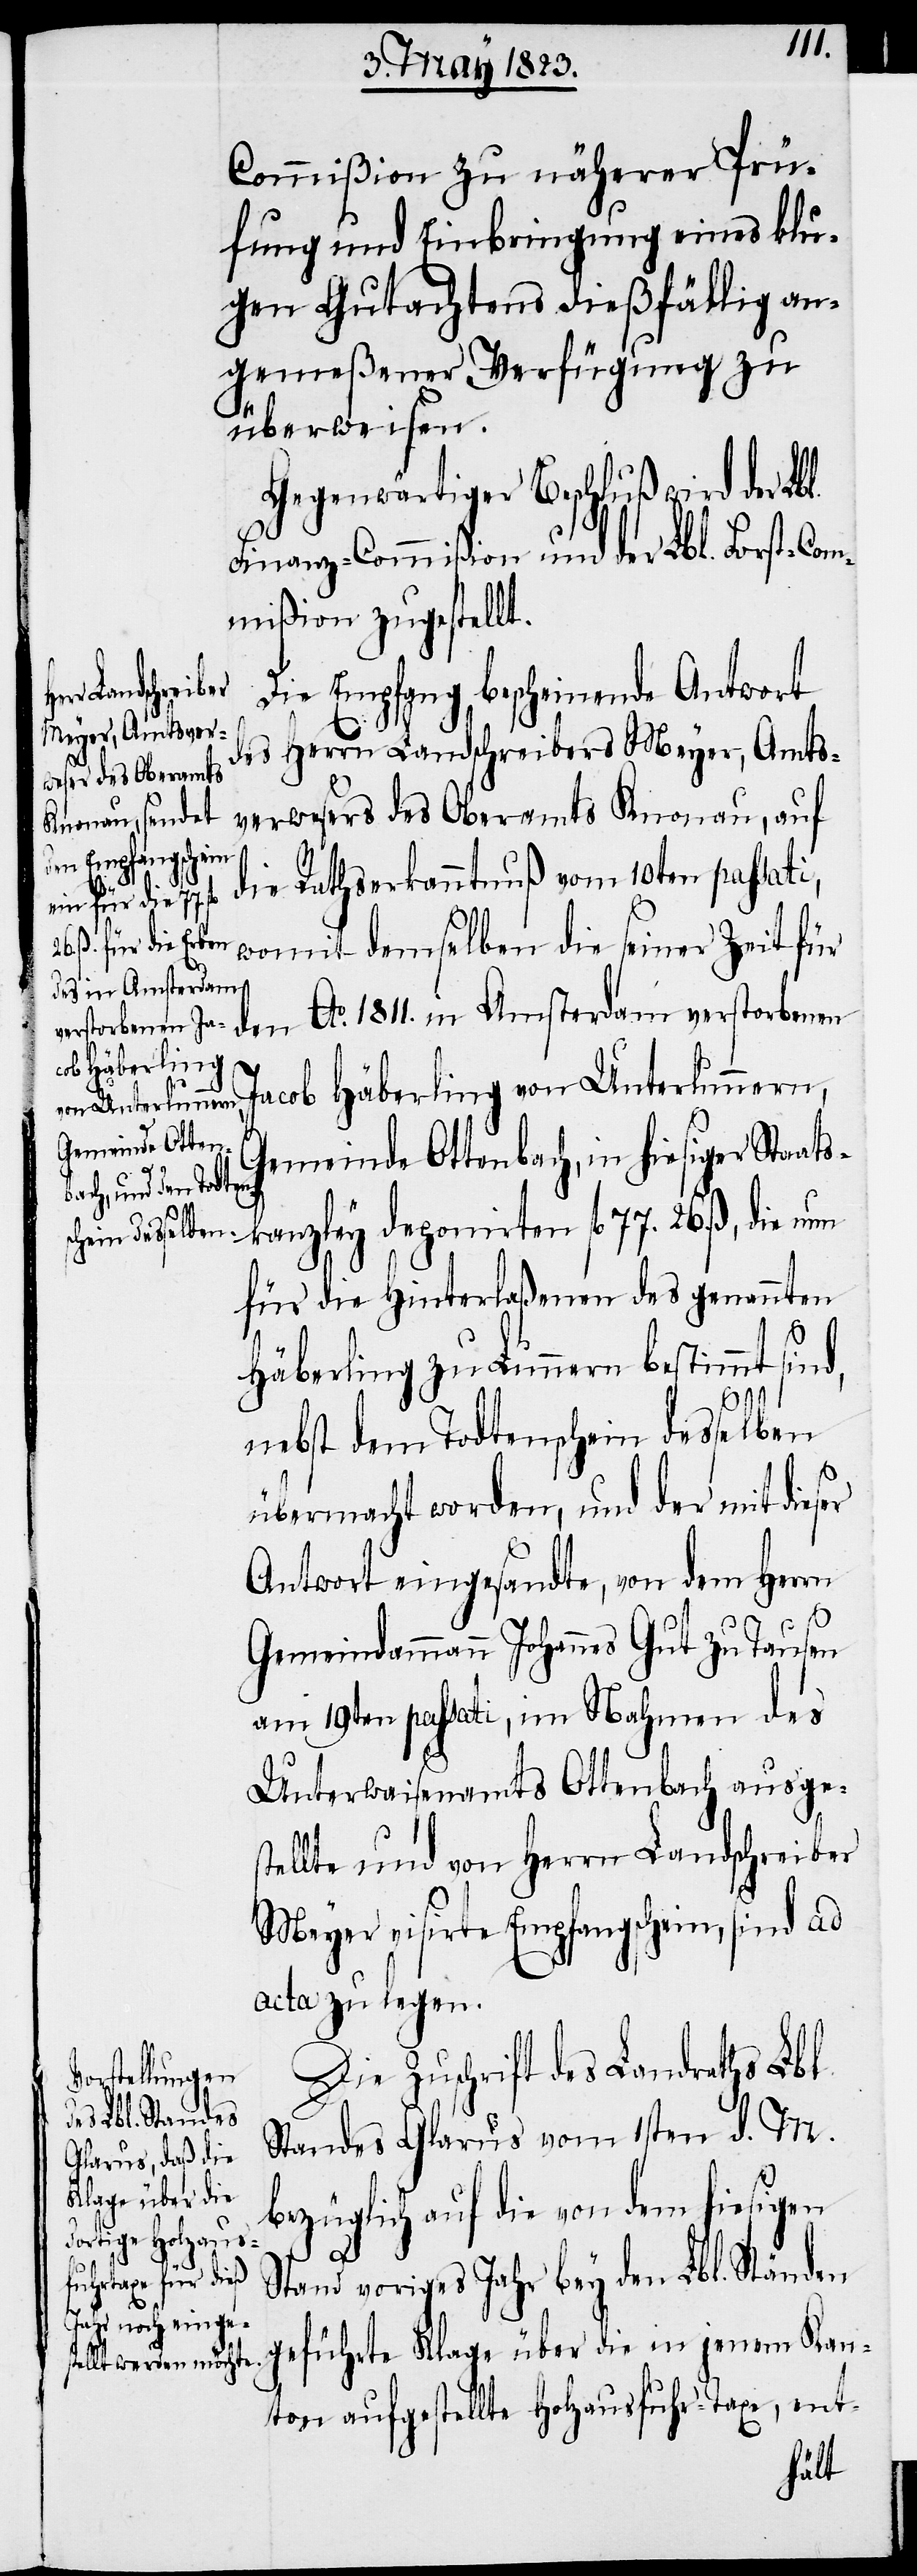
Commißion zu näherer Prü¬
fung und Einbringung eines klu¬
gen Gutachtens dießfällig an¬
gemeßener Verfügung zu
überweisen.
Gegenwärtiger Beschluß wird der Lb¬
Finanz-Commißion und der Lbl. Forst-Com¬
mißion zugestellt.
Die Empfang bescheinende Antwort
des Herrn Landschreibers Meyer, Amts¬
verwesers des Oberamts Knonau, auf
die Rathserkanntnuß vom 10ten passati,
womit demselben die seiner Zeit für
den Ao. 1811. in Amsterdam verstorbenen
Jacob Häberling von Unterlunnern,
Gemeinde Ottenbach, in hiesiger Staat¬
skanzley deponirten fl. 77. 26. ß, die
für die Hinterlaßenen des genannten
l.
Häberling zu Lunnern bestimmt sind,
nebst dem Todtenschein desselben
übermacht worden, und der mit dieser
Antwort eingesandte, von dem Herrn
Gemeindammann Johannes Gut zu Tausen
am 19ten passati, im Nahmen des
Unterwaisenamts Ottenbach ausges¬
tellte und von Herrn Landschreiber
Meyer visirte Empfangschein, sind ad
acta zu legen.
Die Zuschrift des Landraths Lbl.
Standes Glarus vom 1sten d. M.
bezüglich auf die von dem hiesigen
Stand voriges Jahr bey den Lbl. Ständ¬
en geführte Klage über die in jenem Kan¬
ton aufgestellte Holzausfuhr-Taxe, ent-